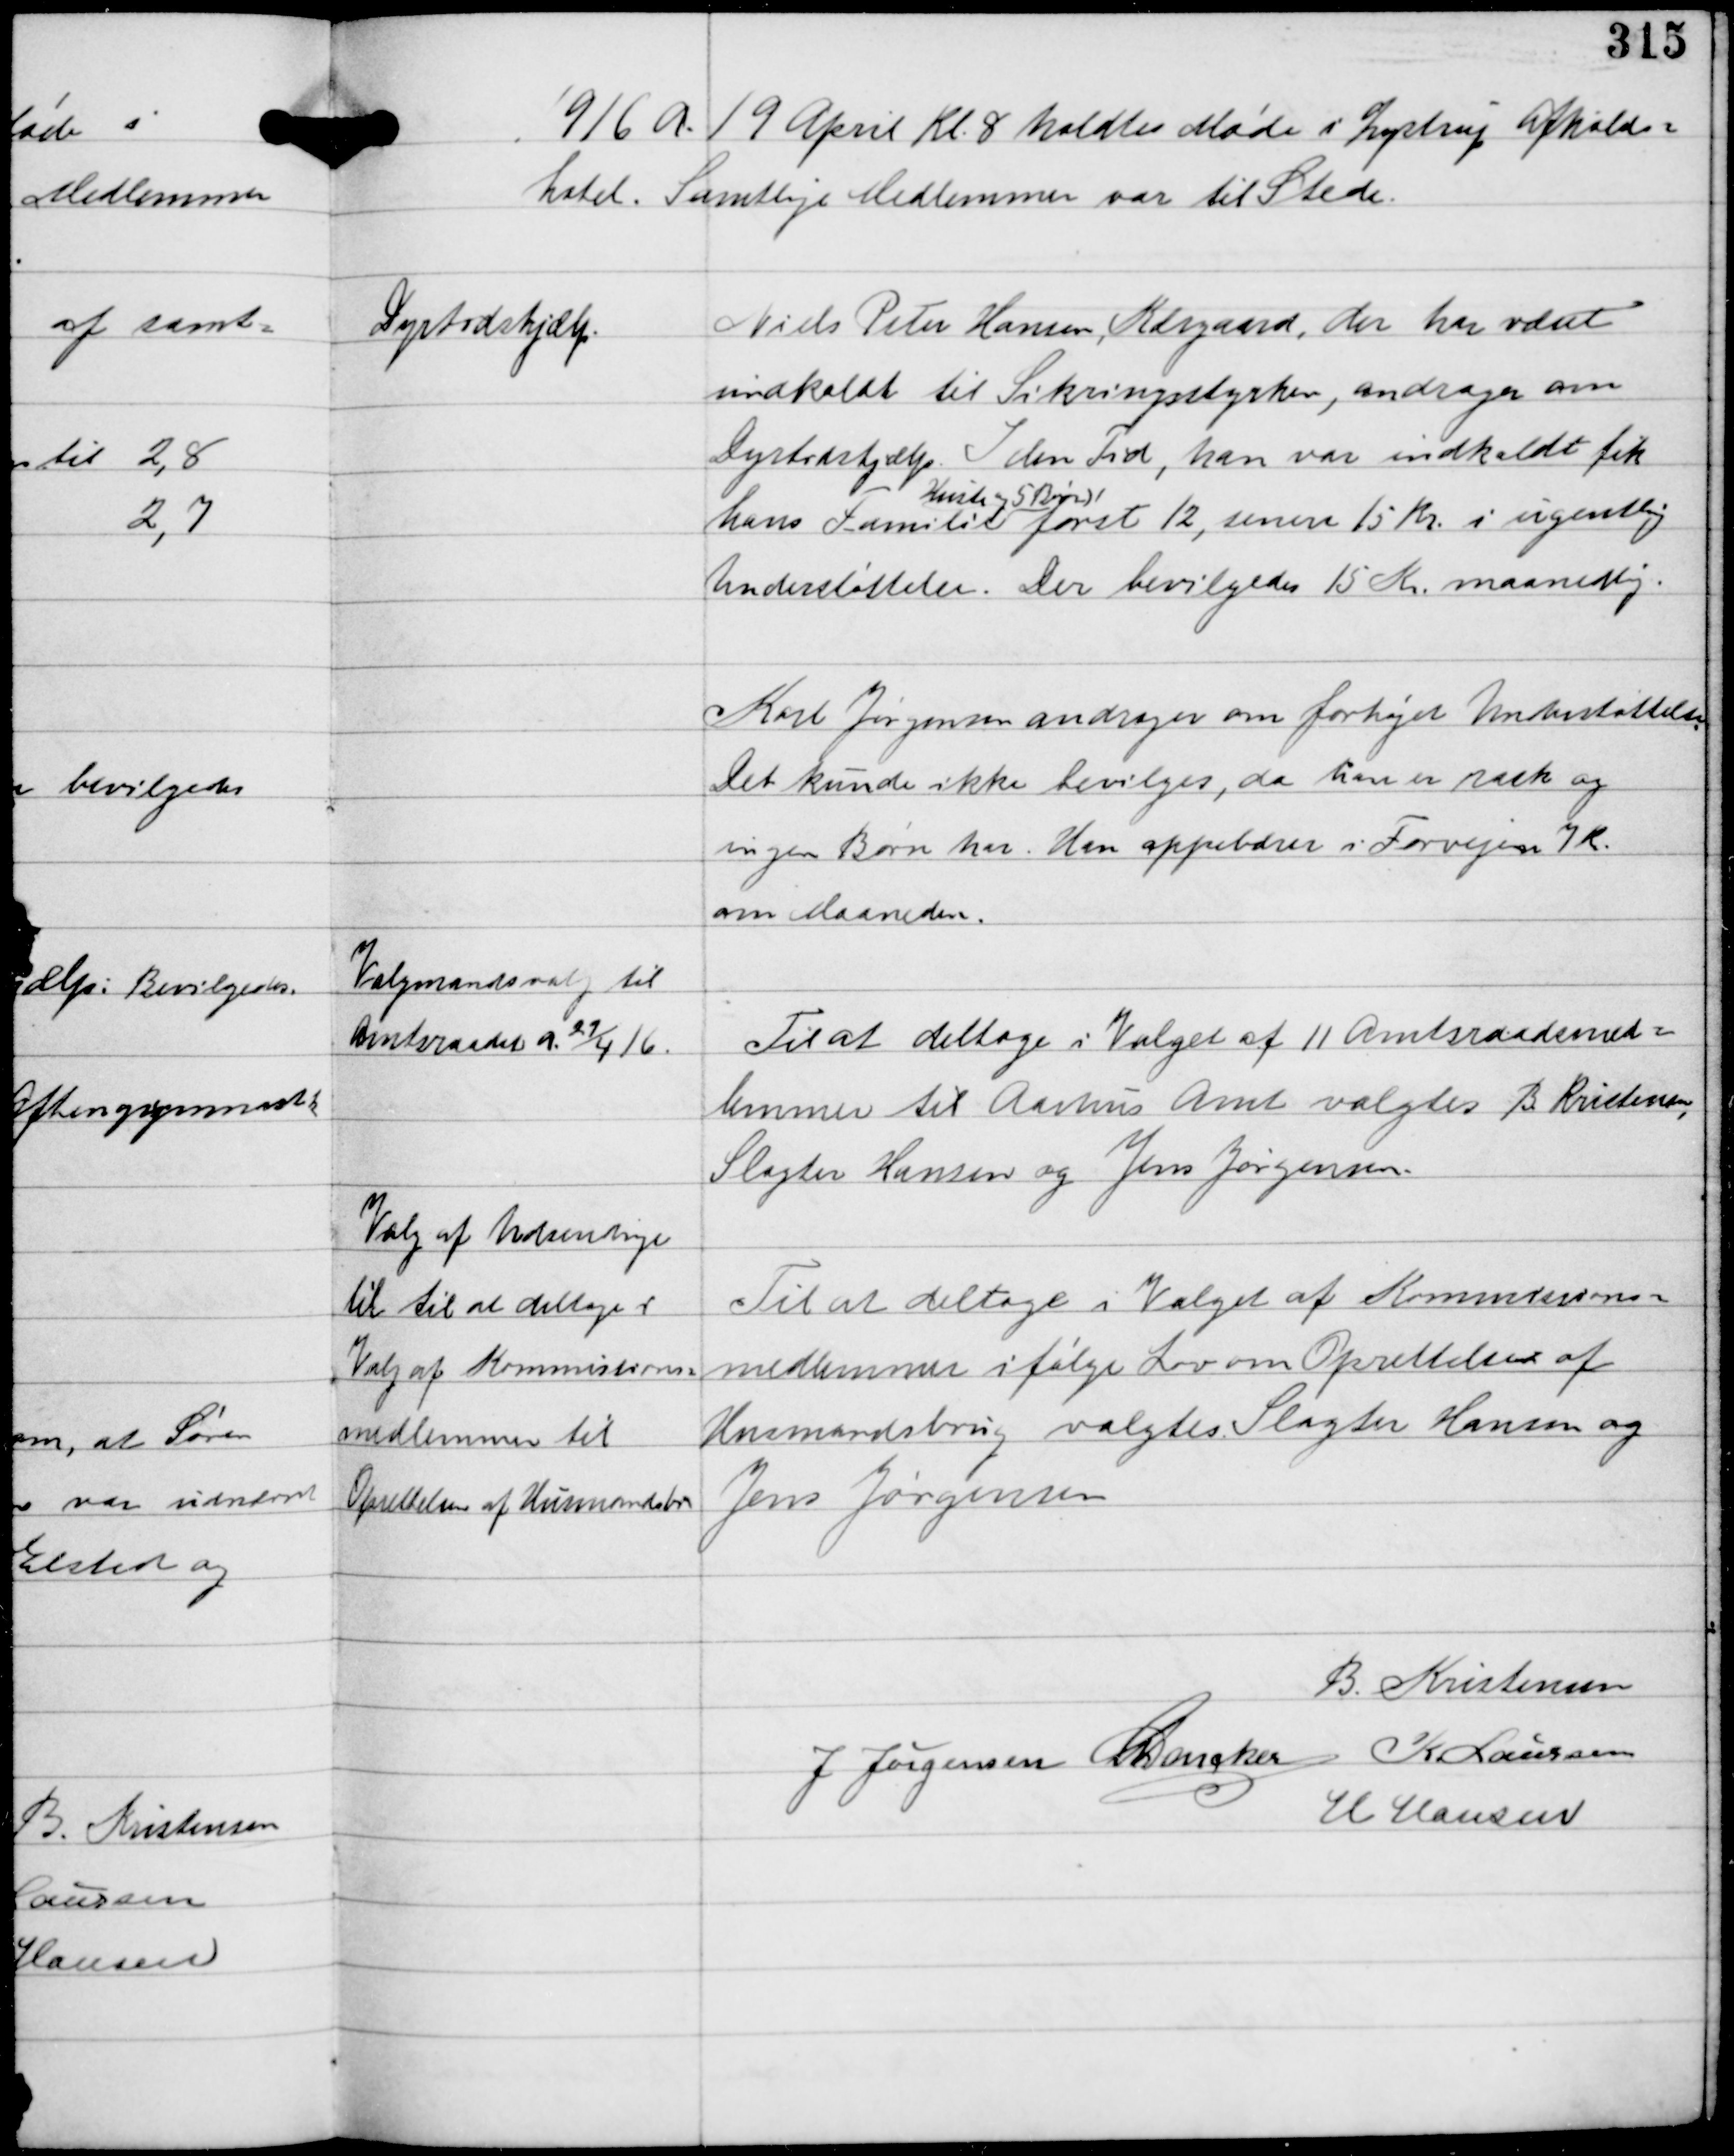
Transskription:
1916 d. 19 April Kl 8 holdtes Møde i Lystrup Afholds-
hotel. Samtlige Medlemmer var til Stede.

Dyrtidshjælp

Niels Peter Hansen Kærgaard, der har været
indkaldt til Sikringsstyrken, andrager om
Dyrtidshjælp. I den Tid, han var indkaldt fik
hans Familie
Hustru og 5 Børn
først 12, senere 10 Kr i ugentlig
Understøttelse. Der bevilgedes 15 Kr maanedlig.

Karl Jørgensen andrager om forhøjet Understøttelse.
Det kunde ikke bevilges, da han er rask og
ingen Børn har. Han oppebærer i Forvejen 7 K.
om Maaneden.

Valgmandsvalg til
Amtsraadet d. 29/4 16.

Til at deltage i Valget af 11 Amtsraadsmed-
lemmer til Aarhus Amt valgtes B Kristensen
Slagter Hansen og Jens Jørgensen.

Valg af Udsendinge
til til at deltage i
Valg af Kommissions-
medlemmer til
Oprettelse af Husmandsbr

Til at deltage i Valget af Kommissions-
medlemmer i følge Lov om Oprettelse af
Husmandsbrug valgtes Slagter Hansen og
Jens Jørgensen

B Kristensen
J Jørgensen C Dencker K Laursen
H Hansen